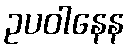
ဥပဝါနေန